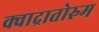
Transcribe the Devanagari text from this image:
क्वाद्रातोरुम